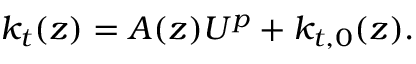
k _ { t } ( z ) = A ( z ) { U } ^ { p } + k _ { t , 0 } ( z ) .